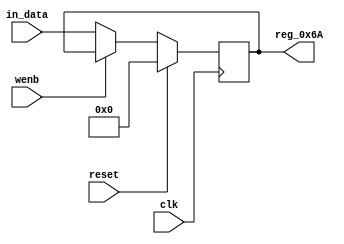
module r_TX_BUF_OBJ6_BYTE_2(output reg [7:0] reg_0x6A, input wire reset, input wire wenb, input wire [7:0] in_data, input wire clk);
	always@(posedge clk)
	begin
		if(reset==0) begin
			if(wenb==0)
				reg_0x6A<=in_data;
			else
				reg_0x6A<=reg_0x6A;
		end
		else
			reg_0x6A<=8'h00;
	end
endmodule